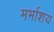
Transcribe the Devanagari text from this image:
मर्भाशय